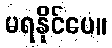
မရနိုင်ပေ။